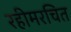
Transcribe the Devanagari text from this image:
रहीमरचित